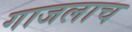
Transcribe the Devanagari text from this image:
गाजलाच